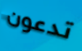
تدعون